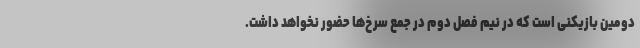
دومین بازیکنی است که در نیم فصل دوم در جمع سرخ‌ها حضور نخواهد داشت.